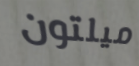
ميلتون